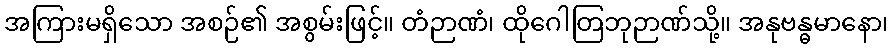
အကြားမရှိသော အစဉ်၏ အစွမ်းဖြင့်။ တံဉာဏံ၊ ထိုဂေါတြဘုဉာဏ်သို့။ အနုဗန္ဓမာနော၊